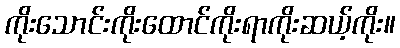
ကိုးသောင်းကိုးထောင်ကိုးရာကိုးဆယ့်ကိုး။